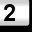
Digit: 2